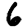
Digit: 6